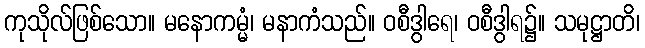
ကုသိုလ်ဖြစ်သော။ မနောကမ္မံ၊ မနာကံသည်။ ဝစီဒွါရေ၊ ဝစီဒွါရ၌။ သမုဋ္ဌာတိ၊